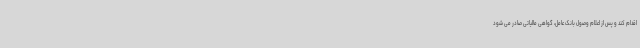
اقدام کند و پس از اعلام وصول بانک عامل، گواهی مالیاتی صادر می شود